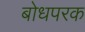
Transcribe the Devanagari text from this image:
बोधपरक